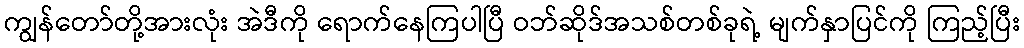
ကျွန်တော်တို့အားလုံး အဲဒီကို ရောက်နေကြပါပြီ ဝဘ်ဆိုဒ်အသစ်တစ်ခုရဲ့ မျက်နှာပြင်ကို ကြည့်ပြီး